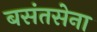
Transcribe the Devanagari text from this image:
बसंतसेना